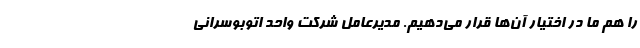
را هم ما در اختیار آن‌ها قرار می‌دهیم. مدیرعامل شرکت واحد اتوبوسرانی